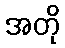
အတို